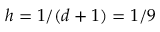
h = 1 / ( d + 1 ) = 1 / 9